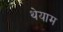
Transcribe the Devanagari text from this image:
थेयाम